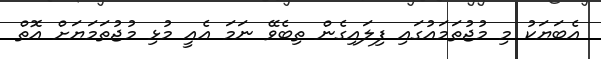
އެބަޔަކު މި މުޖުތަމައުގައި ފިލައިގެން ތިބެވޭ ނަމަ އެއީ މުޅި މުޖުތަމަޔަށް އޮތް